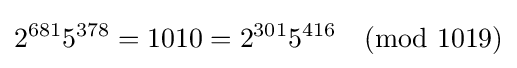
2^{681}5^{378}=1010=2^{301}5^{416}{\pmod {1019}}